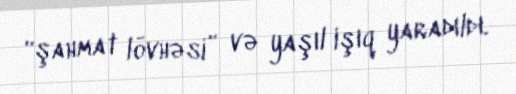
“şahmat lövhəsi” və yaşıl işıq yaradıldı.